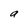
Character: a